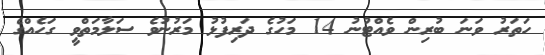
ހަތަރު ވަނަ ބުރިން ވެއްޓުނު 14 މަހުގެ ދަރިފުޅު މަރުނުވެ ސަލާމަތްވީ ގަހެއްގެ